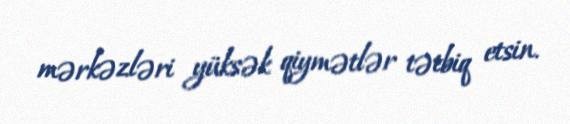
mərkəzləri yüksək qiymətlər tətbiq etsin.